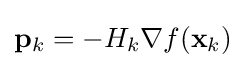
\mathbf {p} _{k}=-H_{k}\nabla f(\mathbf {x} _{k})